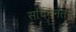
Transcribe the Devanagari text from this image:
सचिननंतर